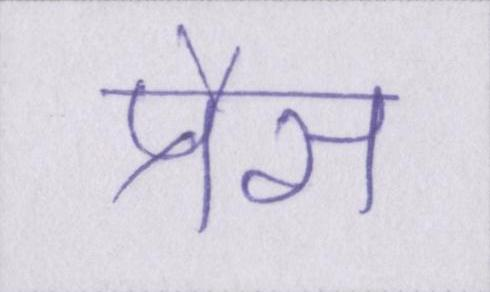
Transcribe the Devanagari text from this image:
प्रैस